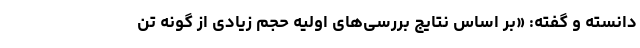
دانسته و گفته: «بر اساس نتایج بررسی‌های اولیه حجم زیادی از گونه تن